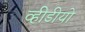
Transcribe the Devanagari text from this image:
व्हीडीयो